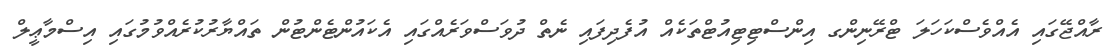
ރާއްޖޭގައި އެއްވެސްކަހަލަ ޓްރޭނިންގ އިންސްޓިޓިއުޓްތަކެއް އުފެދިފައި ނެތް ދުވަސްވަރެއްގައި އެކައުންޓެންޓުން ތައްޔާރުކުރެއްވުމުގައި އިސްމާޢީލް